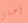
أحبني